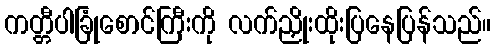
ကတ္တီပါခြုံစောင်ကြီးကို လက်ညှိုးထိုးပြနေပြန်သည်။